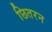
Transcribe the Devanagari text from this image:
छितरन